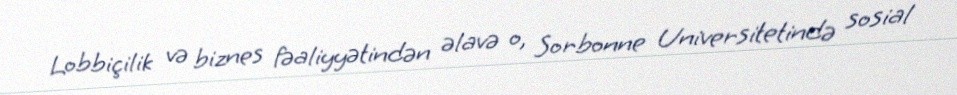
Lobbiçilik və biznes fəaliyyətindən əlavə o, Sorbonne Universitetində sosial